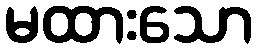
မထားသော